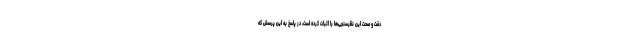
دقت و صحت این نظرسنجی‌ها را اثبات کرده است، در پاسخ به این پرسش که